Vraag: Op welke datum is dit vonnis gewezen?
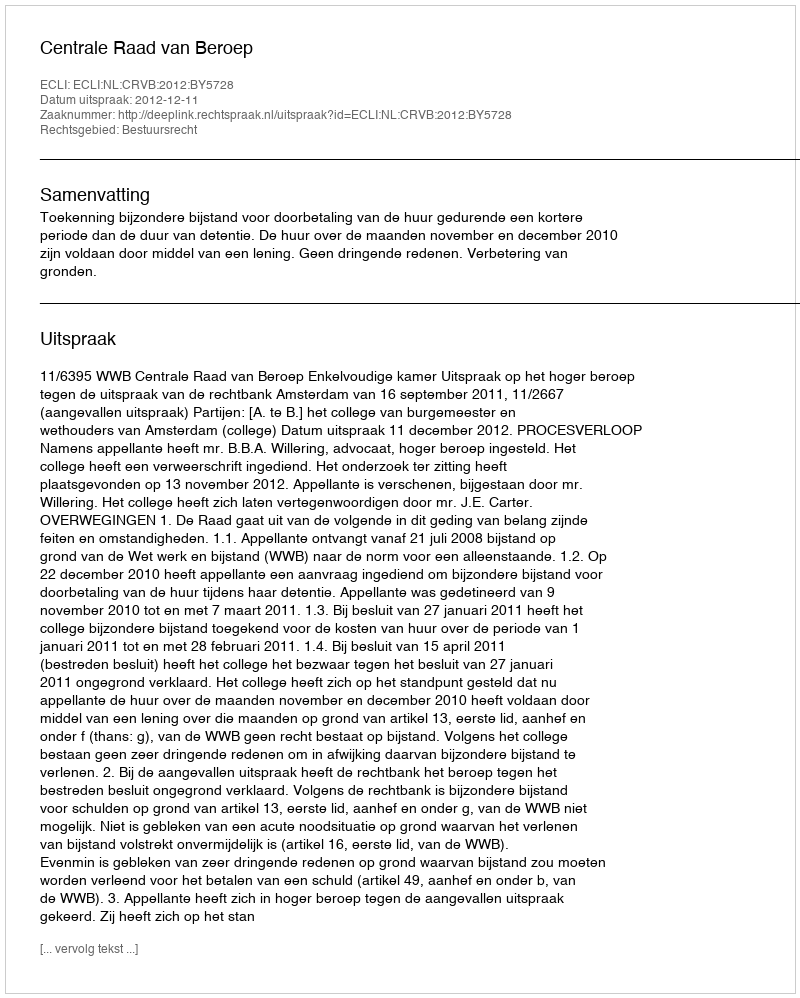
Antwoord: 2012-12-11